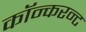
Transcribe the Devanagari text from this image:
कॉन्करन्ट